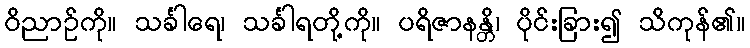
ဝိညာဉ်ကို။ သင်္ခါရေ၊ သင်္ခါရတို့ကို။ ပရိဇာနန္တိ၊ ပိုင်းခြား၍ သိကုန်၏။